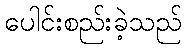
ပေါင်းစည်းခဲ့သည်